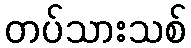
တပ်သားသစ်